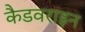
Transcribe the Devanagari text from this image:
कैडवराइन